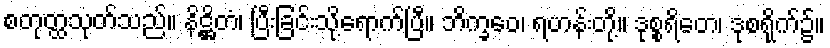
စတုတ္ထသုတ်သည်။ နိဋ္ဌိတံ၊ ပြီးခြင်းသို့ရောက်ပြီ။ ဘိက္ခဝေ၊ ရဟန်းတို့။ ဒုစ္စရိတေ၊ ဒုစရိုက်၌။